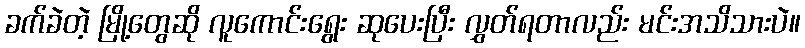
ခက်ခဲတဲ့ မြို့တွေဆို လူကောင်းရွေး ဆုပေးပြီး လွှတ်ရတာလည်း မင်းအသိသားပဲ။